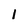
Character: 1